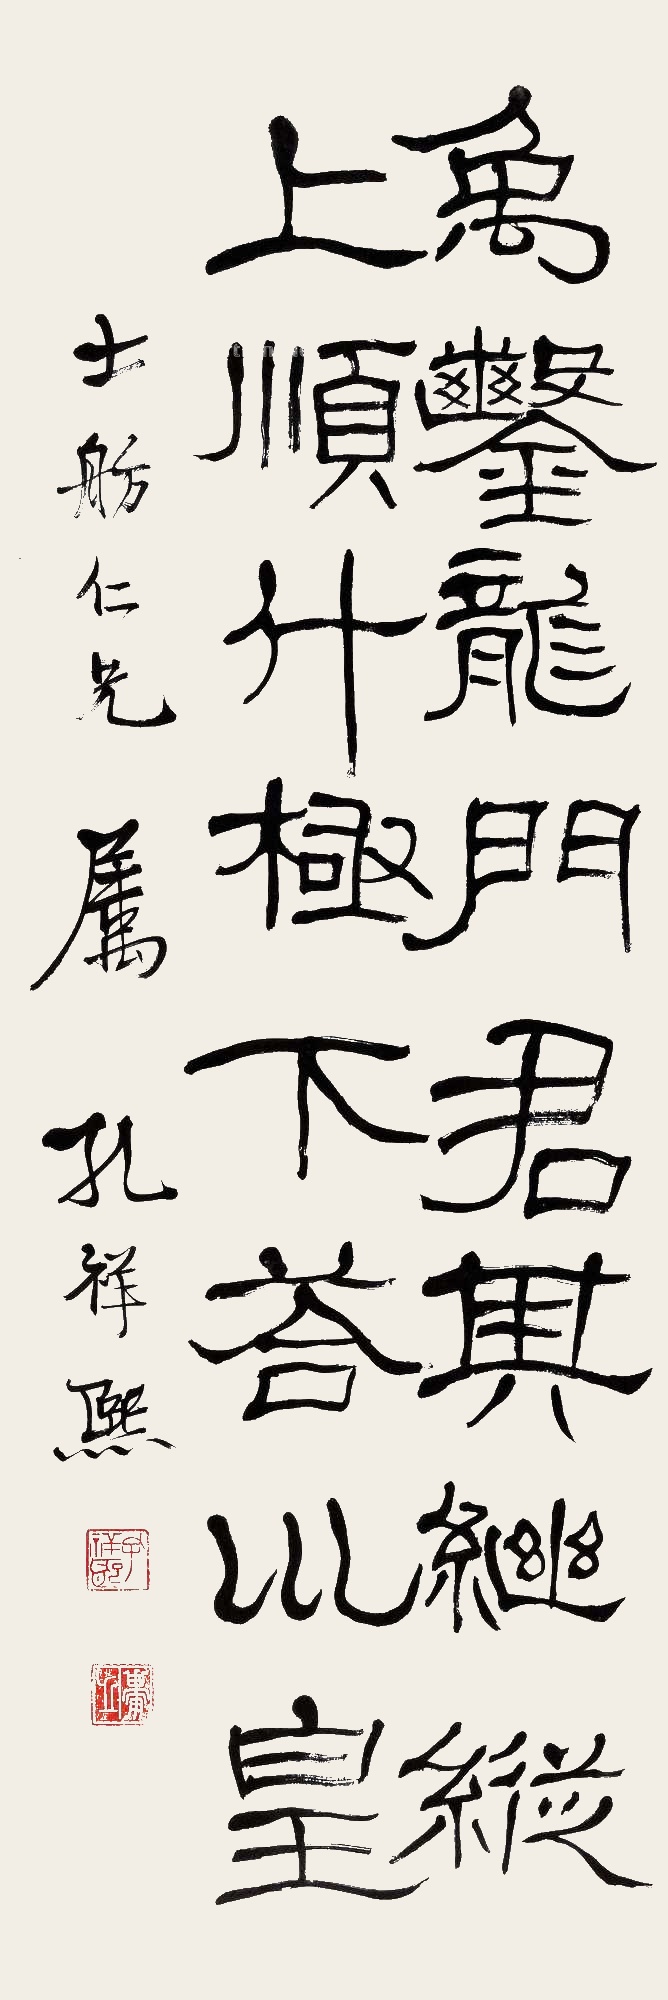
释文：禹凿龙门，君其继纵。上顺斗极，下答坤皇。士舫仁兄属，孔祥熙。